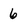
Character: 6